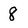
Character: 8